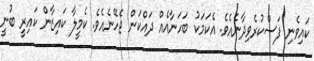
ކައިވެނި ފަސްކުރެވިދާނެއެވެ. އެކަމަކު ބަހަނާއެއް ދައްކަން ޖެހޭނެއެވެ. ކެމީލާ ކައިޒާން ކައިރީ ބުނީ